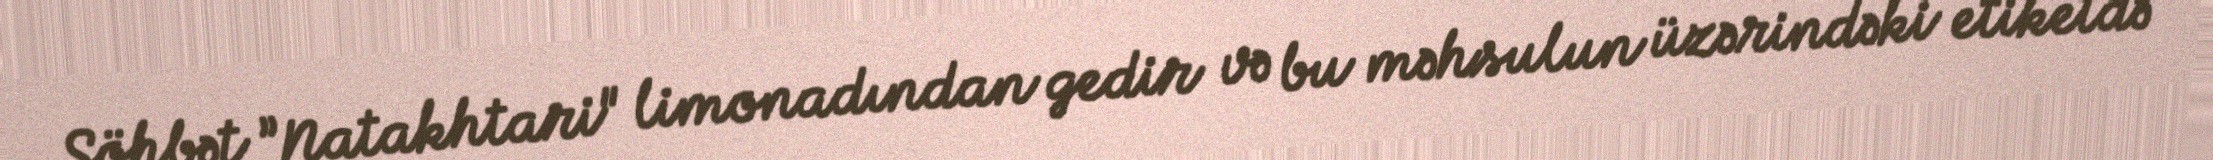
Söhbət ”Natakhtari" limonadından gedir və bu məhsulun üzərindəki etiketdə